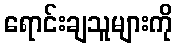
ရောင်းချသူများကို